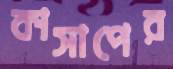
কাসাপের